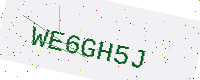
Text: WE6GH5J